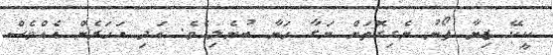
ކީކޭ ޒިޔާ ފޯނު ނެގިގޮތަށް ނަގާ ހަނާ ބުނެލިއެވެ. އަދި އަހަރެން އެއްވެސް